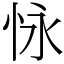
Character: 怺